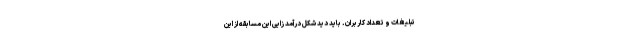
تبلیغات و تعداد کاربران. باید دید شکل درآمد زایی این مسابقه از این